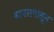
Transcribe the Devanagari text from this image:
वापरापासून